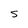
Character: 5